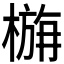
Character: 𭫛